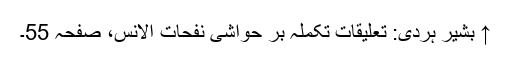
↑ بشیر ہردی: تعلیقات تکملہ بر حواشی نفحات الانس، صفحہ 55۔